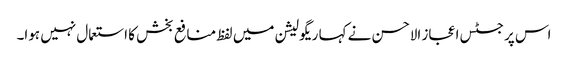
اس پر جسٹس اعجاز الاحسن نے کہا ریگولیشن میں لفظ منافع بخش کا استعمال نہیں ہوا۔